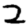
Digit: 2